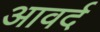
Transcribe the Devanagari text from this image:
आवर्द